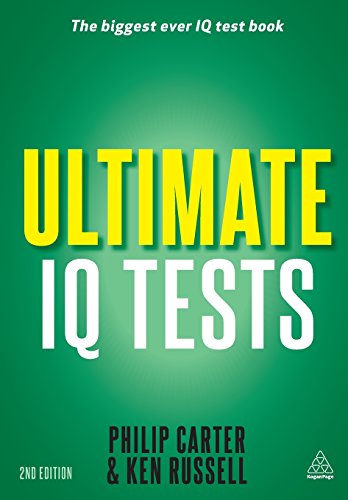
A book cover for Ultimate IQ Tests: 1000 Practice Test Questions to Boost Your Brain Power; Philip Carter; Humor & Entertainment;